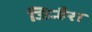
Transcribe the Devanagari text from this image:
जिन्हैरा